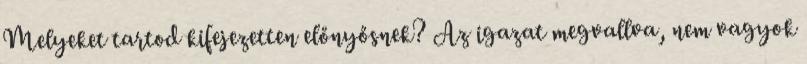
Melyeket tartod kifejezetten előnyősnek? Az igazat megvallva, nem vagyok